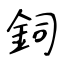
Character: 鉰